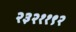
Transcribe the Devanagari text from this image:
२३२११९२